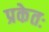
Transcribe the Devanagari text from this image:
प्रकेतः